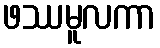
ဖဿမူလကာ